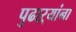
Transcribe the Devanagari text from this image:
पुढाऱ्यांना